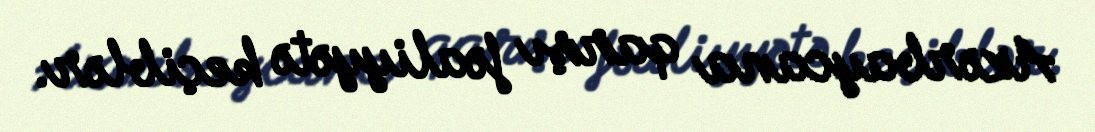
Azərbaycana qarşı fəaliyyətə keçiblər.